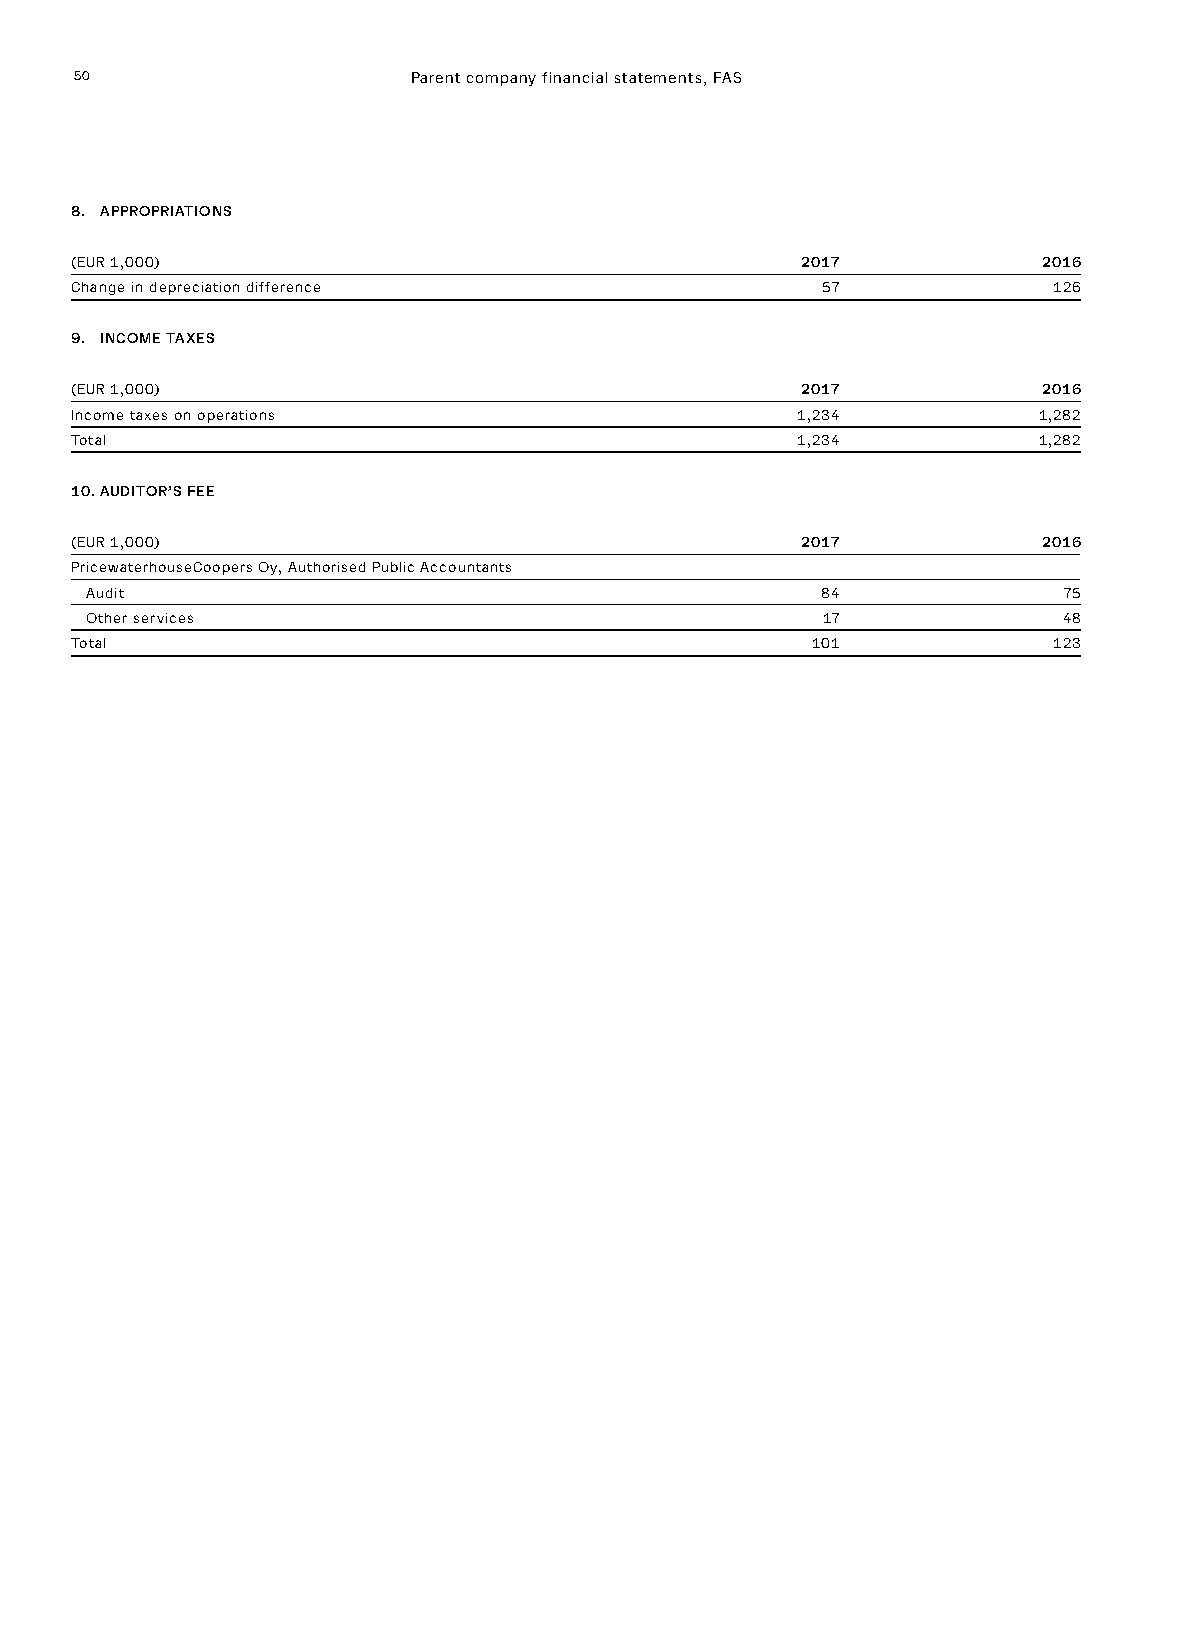
50                    Parent company financial statements, FAS
 8. APPROPRIATIONS
 (EUR 1,000)                                     2017            2016
 Change in depreciation difference                57              126
 9. INCOME TAXES
 (EUR 1,000)                                     2017            2016
 Income taxes on operations                      1,234           1,282
 Total                                           1,234           1,282
 10. AUDITOR’S FEE
 (EUR 1,000)                                     2017            2016
 PricewaterhouseCoopers Oy, Authorised Public Accountants
 Audit                                           84              75
 Other services                                  17              48
 Total                                            101             123